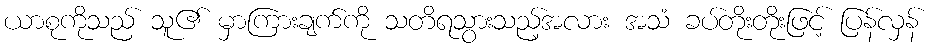
ယာစုကိုသည် သူ၏ မှာကြားချက်ကို သတိရသွားသည့်အလား အသံ ခပ်တိုးတိုးဖြင့် ပြန်လှန်